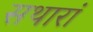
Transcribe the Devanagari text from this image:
सथारां